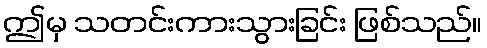
ဤမှ သတင်းကားသွားခြင်း ဖြစ်သည်။